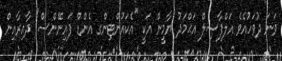
ވަނަ ދުވަހުއެވެ އަލްފާޟިލް އަޙްމަދު ޔާމީން އަކީ "އެކައުންޓިންގ އެންޑް ފައިނޭންސް" ދާއިރާއިން